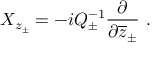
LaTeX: X _ { z _ { \pm } } = - i Q _ { \pm } ^ { - 1 } \displaystyle \frac { \partial } { \partial \overline { { { z } } } _ { \pm } } ~ .